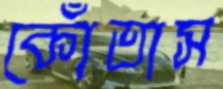
কোঁতাস